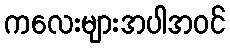
ကလေးများအပါအဝင်